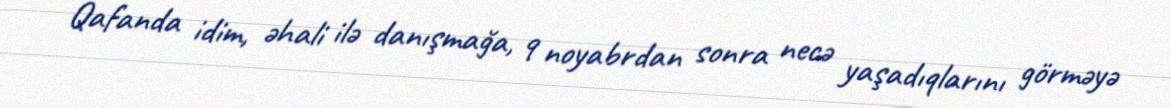
Qafanda idim, əhali ilə danışmağa, 9 noyabrdan sonra necə yaşadıqlarını görməyə